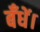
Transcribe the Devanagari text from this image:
बँधें।